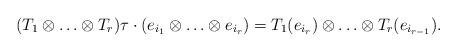
LaTeX: \begin{align*}(T_1 \otimes \ldots \otimes T_r) \tau \cdot (e_{i_1} \otimes \ldots \otimes e_{i_r}) = T_1(e_{i_r}) \otimes \ldots\otimes T_r(e_{i_{r-1}}).\end{align*}